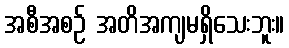
အစီအစဉ် အတိအကျမရှိသေးဘူး။